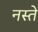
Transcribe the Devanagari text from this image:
नस्ते